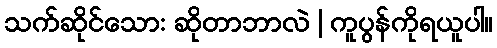
သက်ဆိုင်သော: ဆိုတာဘာလဲ | ကူပွန်ကိုရယူပါ။